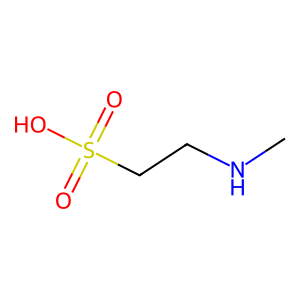
SMILES: CNCCS(=O)(=O)O
Inhibits HIV replication: No